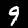
Digit: 9